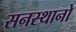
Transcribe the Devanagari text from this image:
सनस्थानो